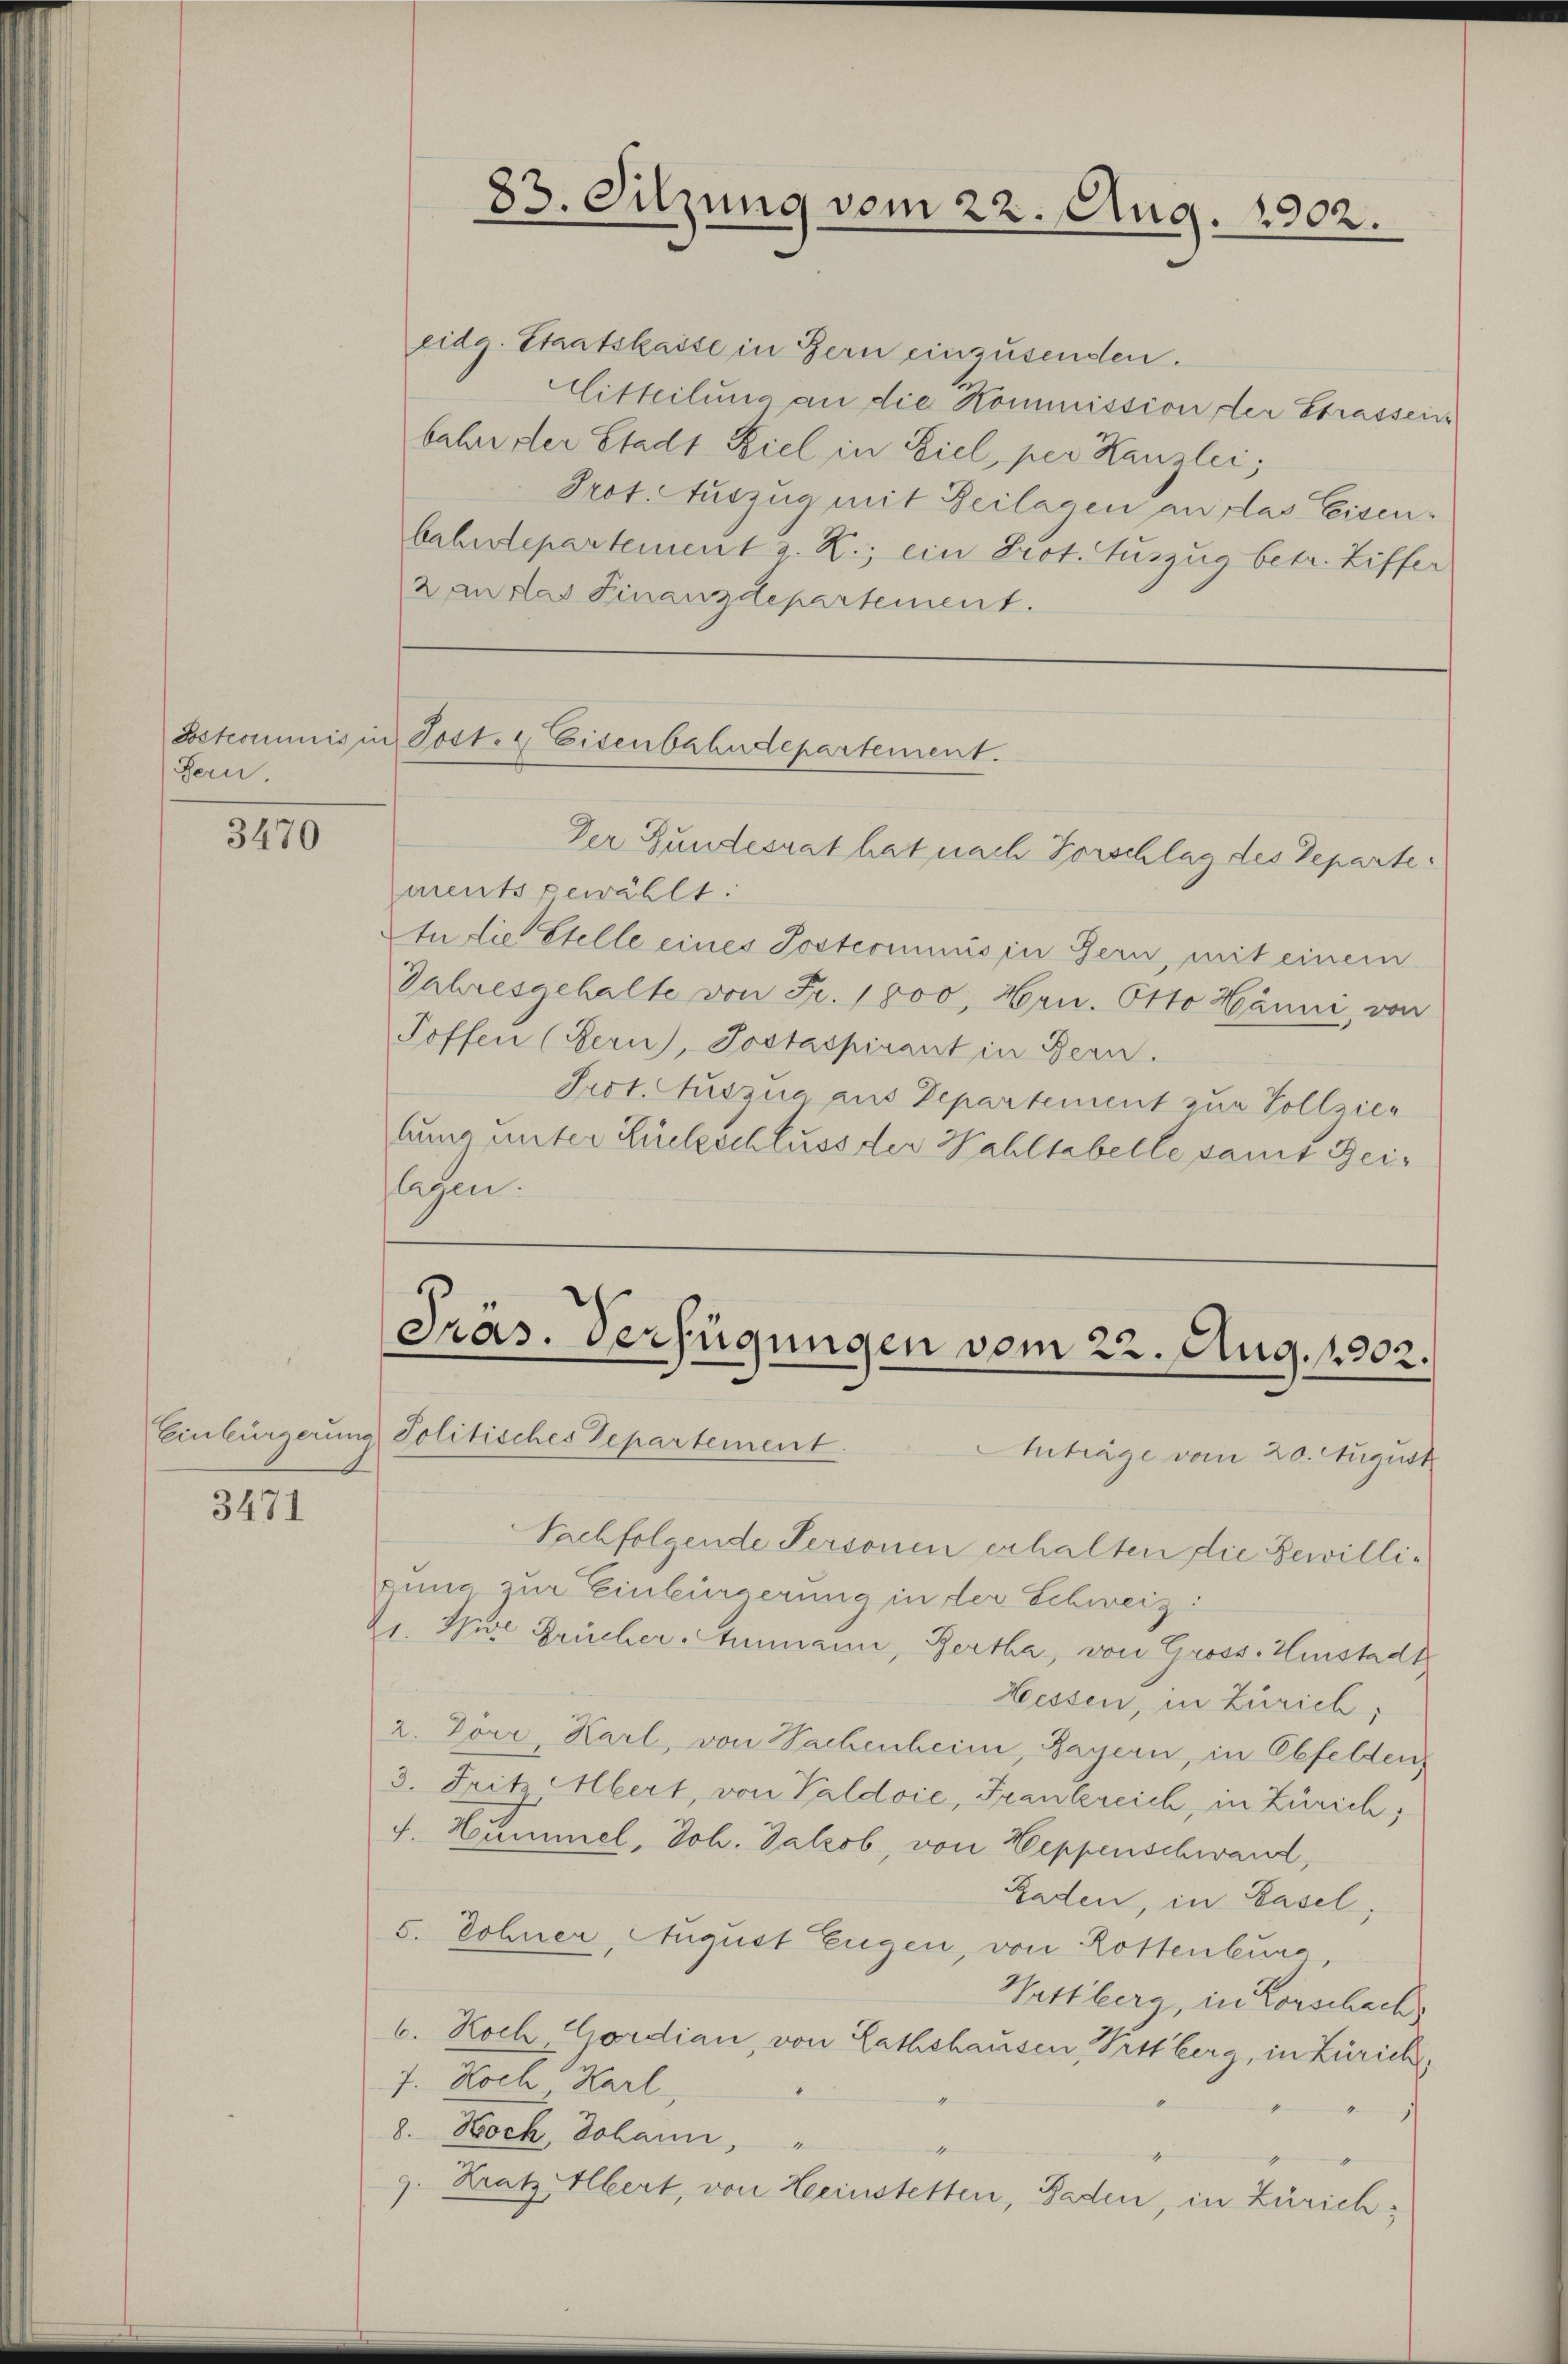
Joskommis in
Bern.

3470

3471

83. Sitzung vom 22. Aug. 1902.

eidg. Staatskasse in Bern einzusenden.
Mitteilung an die Kommission der Strassens
bahre der Stadt Ziel in Ziel, per Kanzlei,
Prot. Auszug mit Zeilagen an das Eisenbahndepartement z. R., ein Prot. Auszug betr. Ziffer
2 an das Finanzdepartement.

Sost. Eisenbahndepartement.

Der Bundesrat hat nach Vorschlag des Departe
ments gewählt:
In die Stelle eines Postcommis in Bern, mit einem
Jahresgehalte von Fr. 1800, Hrn. Otto Hänni, von
Toffen (Bern, Jostaspirant in Bern.
Prot. Auszua aus Departement zur Vollzielung unter Rückschluss der Wahltabelle samt Zeilagen.

Einbürgerung Politisches Departement
Anträge vom 20. August
Sachfolgende Personen erhalten die Bewillipung zur Einbürgerung in der Schweiz:
21. Die Frücher Ammann, Gertha, von Gross. Hinstadt
Hessen, in Zürich,
2. Dörr, Karl, von Sachenheim, Bayern, in Obfelden
3. Fritz, Abert, von Paldoie, Frankreich, in Zürich;
f. Hummel, Joh. Jakob, von Heppenschwand,
Laden, in Basel,
5. Sohner, August Eugen, von Rottenburg
Wattberg, in Vorschach
6. Noch Cordian, von Rathshausen, Vrttberg, in Zürich,
7. Noch Karl
1
8. Hock, Johann, "
4
Kratz, Albert, von Heinstetten, Baden, in Zürich¬
7.

Präs. Verfügungen vom 22. Aug. 1902.